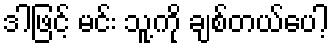
ဒါဖြင့် မင်း သူ့ကို ချစ်တယ်ပေါ့